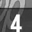
Digit: 4